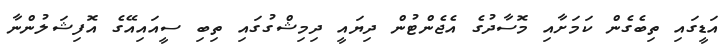
އަޑީގައި ތިބެގެން ކަމަށާއި މޮސާދުގެ އެޖެންޓުން ދިޔައީ ދިމިޝްގުގައި ތިބި ސީއައިއޭގެ އޮފިޝަލުންނާ